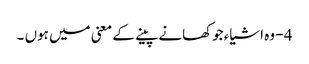
4 - وہ اشیاء جوکھانے پینے کے معنی میں ہوں ۔